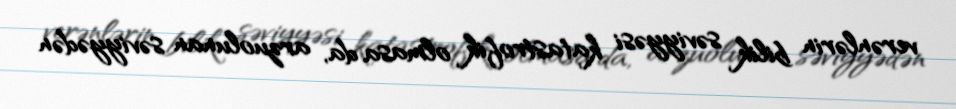
verənlərin bilik səviyyəsi katastrofik olmasa da, arzuolunan səviyyədən